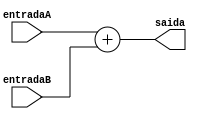
module somador_branch (entradaA, entradaB, saida);
	input wire [31:0] entradaA;
	input wire [31:0] entradaB;
	output reg [31:0] saida;

	always @(entradaA or entradaB) begin
		saida <= entradaA + entradaB;
	end

endmodule
// module teste ();

// 	reg [31:0] entradaA;
// 	reg [31:0] entradaB;
// 	wire [31:0] saida;

// 	initial begin
// 		$monitor("entradaA=%d, entradaB=%d, saida=%d",entradaA,entradaB,saida);
// 		entradaA = 10;
// 		entradaB = 5;
// 		#1 entradaA=3;
// 		entradaB=0;
// 		$finish;
// 	end
// 	somador_branch asdf (entradaA, entradaB, saida);

// endmodule